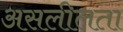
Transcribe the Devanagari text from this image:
असलीलता